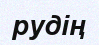
рудің